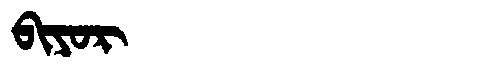
Manchu: ᠪᡳᠶᠣᡵ
Romanization: BIYOR